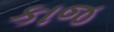
કાજ